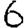
Digit: 6